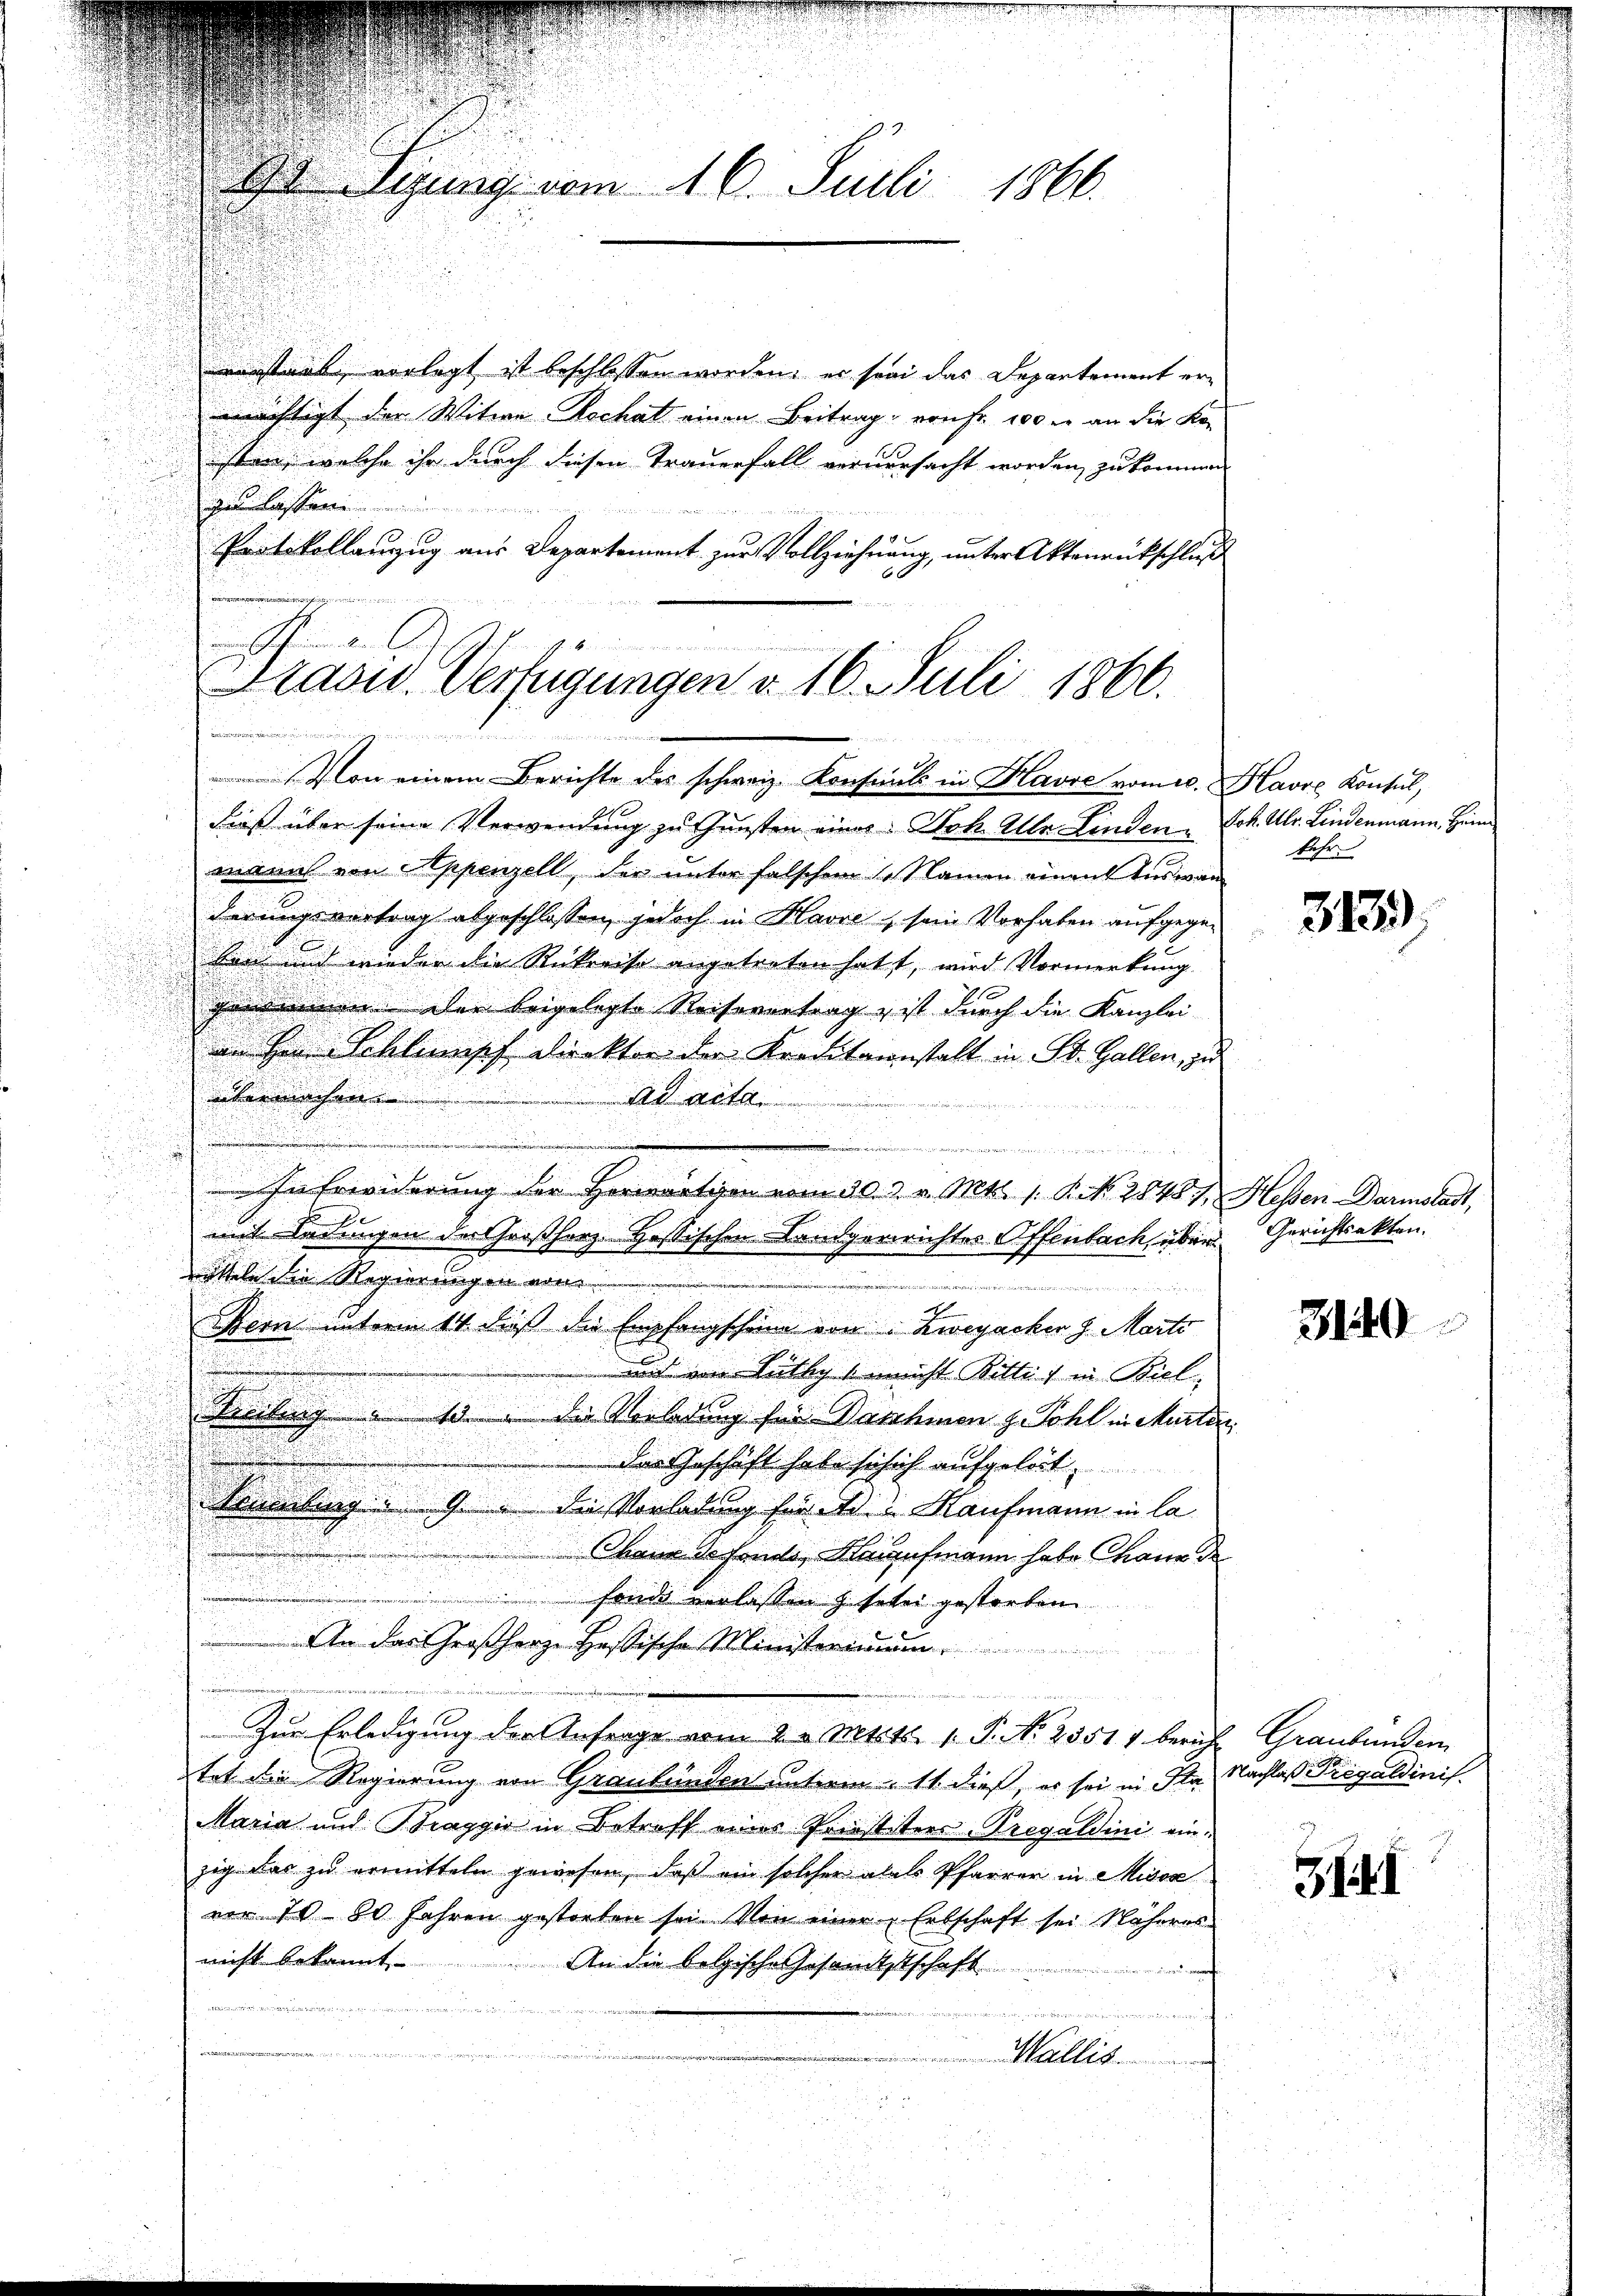
verstant, vorlegt ist beschlossen worden; er sei das Departement erwichtigt der Witwe Rechat einen Beitrag auf 100 r an die Kon
sten, welche ihr durch diesen Trauerfall verursacht worden, zu kommen
u lassen

Protokollanzug aus Departement zur Vollziehnung, unter Aktenrückschluß
dieß über seine Verwendung zu Gunsten einer Stok. Alle Linden Joh. Ulr. Lindenmann, Hin
mamich von Appenzell, der unter falschen 14 Namen einent Auswan
derungsvertrag abgeschlossen, jedoch in Havre, sein Vorhaben aufgegesen und wieder die Rückreise angetreten hatt, wird Vormerkung
gedienen der beigelegte Reisevertrag & ist durch die Kanzlei
an Hrn. Schleisch direkter der Kreditanstalt in St. Gallen, zu
1
.
übermachen
Ad acta.
.
s
.

In Erwiderung der Herrention vom 30. v. Mts. 1. K. N. 2848 f. Hessen Darmstadt,
d
mit Ladungen der Großherz. Hassischen Landgerichtes Offenbach, über Gerichtsakten.
rütteln die Regierungen vor- |
tit ein einer
Bern unterm 14. dieß die Empfangscheine von Zweyacher d. Marte
aud von Lüthig, nicht Bittet in Biel
Krechung " 15. Der Vorladung für Danehmen z. Pohl in Marten
das Geschäft habe sich ich aufgeleit
Aniling 9. die Vorladung für Ad. Kaufmann in la
Chaux sefonds, Kaufmann habe Chaus de
d
eer in
fonde verlassen zu sehe gestorben.
An das Großherze Hessische Ministerimum
Zur Erledigung der Anfrage vom 2. v. Mtitt. 1. P. No. 23517 bericht Graubünden
tet die Regierung von Graubünden unterm 11 dieß, es sei in Ita Nachlaß Pregaldinis
Maria und Braggio in Betreff eines Prinstituer-Pregaldini einzig das zu ermitteln gewesen, daß ein solcher alls Pfarrer in Misox
vor 70 80 Jahren gestorben sei. Von einer Erbschaft sei Näheres
nicht bekannt
An die belgische Gesandtschaft
wer andernemen

Wallis.

Tigung vom 16. Juli 1866.

.

Traow. Verfügungen d. 16. Juli 1866.
nhin der Geweren
de
Von einem Berichte des schweiz. Konsuls in Havre vom 20. Havre Konsul,

kehr.

313),

3140

J